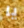
يا